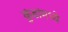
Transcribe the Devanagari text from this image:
कुंडांमध्ये